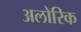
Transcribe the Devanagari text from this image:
अलोरिक